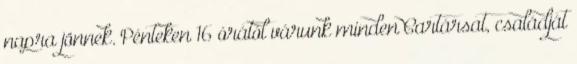
napra jönnek. Pénteken 16 órától várunk minden Cartársat, családját